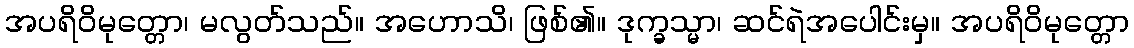
အပရိဝိမုတ္တော၊ မလွတ်သည်။ အဟောသိ၊ ဖြစ်၏။ ဒုက္ခသ္မာ၊ ဆင်ရဲအပေါင်းမှ။ အပရိဝိမုတ္တော